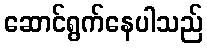
ဆောင်ရွက်နေပါသည်